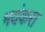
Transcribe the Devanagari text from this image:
भयंकरा